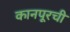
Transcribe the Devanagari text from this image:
कानपूरची